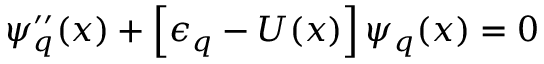
\psi _ { q } ^ { \prime \prime } ( x ) + \left[ \epsilon _ { q } - U ( x ) \right] \psi _ { q } ( x ) = 0